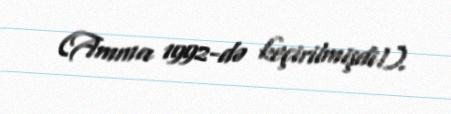
(Amma 1992-də keçirilmişdi!).